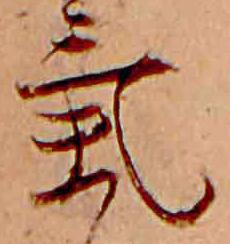
気